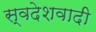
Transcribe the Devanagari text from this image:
स्वदेशवादी